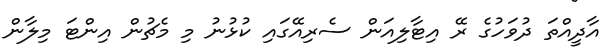
އާދީއްތަ ދުވަހުގެ ރޭ އިޓާލިއަން ސެރިއޭގައި ކުޅުނު މި މެޗުން އިންޓަ މިލާން